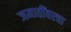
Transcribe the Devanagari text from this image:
जमातींवरचा